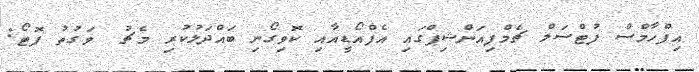
އިފްހާމްސް ފުޓްސަލް ޗެމްޕިއަންޝިޕްގައި އެފްއޯޑީއާއި ކޮވިގޯނި ބައްދަލުކުރި މެޗު  ވަގުތު ފޮޓޯ: